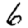
Digit: 6